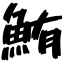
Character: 鮪